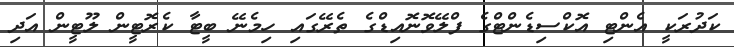
ކަދުރަކީ އެންޓި އޮކްސިޑެންޓްގެ ފްލޭވޮނޮއިޑްގެ ތެރޭގައި ހިމެނޭ ބީޓާ ކެރޮޓީން ލޫޓީން އަދި